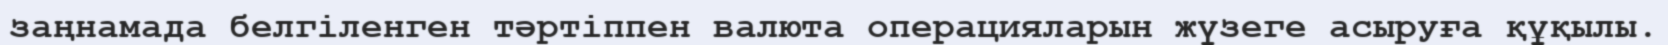
заңнамада белгіленген тәртіппен валюта операцияларын жүзеге асыруға құқылы.